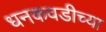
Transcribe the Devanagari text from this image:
धनकवडीच्या